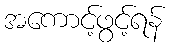
အကောင့်ဖွင့်ရန်